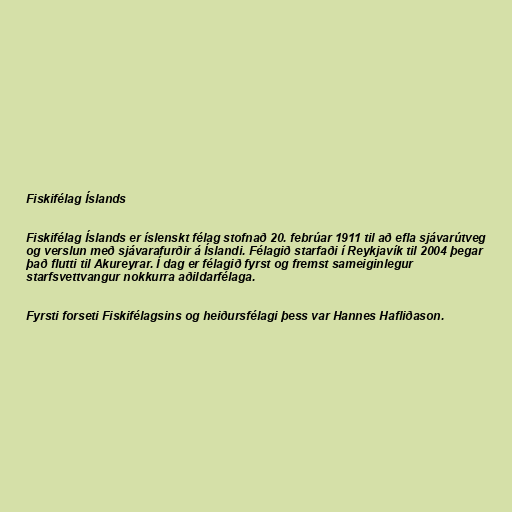
Fiskifélag Íslands

Fiskifélag Íslands er íslenskt félag stofnað 20. febrúar 1911 til að efla sjávarútveg
og verslun með sjávarafurðir á Íslandi. Félagið starfaði í Reykjavík til 2004 þegar
það flutti til Akureyrar. Í dag er félagið fyrst og fremst sameiginlegur
starfsvettvangur nokkurra aðildarfélaga.

Fyrsti forseti Fiskifélagsins og heiðursfélagi þess var Hannes Hafliðason.